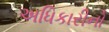
અધિકારીનો